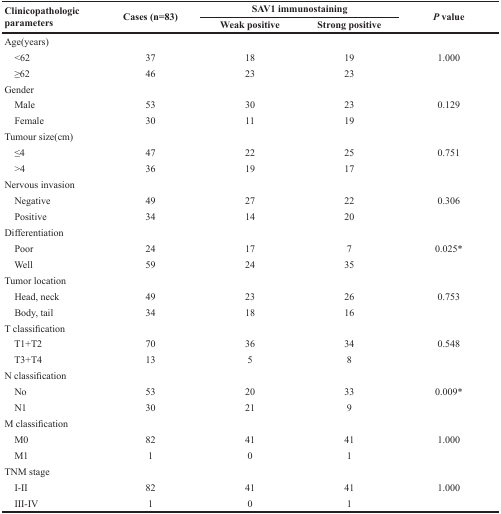
| <ROWSPAN=2> Clinicopathologic parameters | <ROWSPAN=2> Cases (n=83) | <COLSPAN=2> SAV1 immunostaining | <ROWSPAN=2> P value |
 | Weak positive | Strong positive |
 | --- | --- | --- | --- | --- |
 | Age(years) |  |  |  |  |
 | <62 | 37 | 18 | 19 | 1.000 |
 | ≥62 | 46 | 23 | 23 |  |
 | Gender |  |  |  |  |
 | Male | 53 | 30 | 23 | 0.129 |
 | Female | 30 | 11 | 19 |  |
 | Tumour size(cm) |  |  |  |  |
 | ≤4 | 47 | 22 | 25 | 0.751 |
 | >4 | 36 | 19 | 17 |  |
 | Nervous invasion |  |  |  |  |
 | Negative | 49 | 27 | 22 | 0.306 |
 | Positive | 34 | 14 | 20 |  |
 | Differentiation |  |  |  |  |
 | Poor | 24 | 17 | 7 | 0.025* |
 | Well | 59 | 24 | 35 |  |
 | Tumor location |  |  |  |  |
 | Head, neck | 49 | 23 | 26 | 0.753 |
 | Body, tail | 34 | 18 | 16 |  |
 | T classification |  |  |  |  |
 | T1+T2 | 70 | 36 | 34 | 0.548 |
 | T3+T4 | 13 | 5 | 8 |  |
 | N classification |  |  |  |  |
 | No | 53 | 20 | 33 | 0.009* |
 | N1 | 30 | 21 | 9 |  |
 | M classification |  |  |  |  |
 | M0 | 82 | 41 | 41 | 1.000 |
 | M1 | 1 | 0 | 1 |  |
 | TNM stage |  |  |  |  |
 | I-II | 82 | 41 | 41 | 1.000 |
 | III-IV | 1 | 0 | 1 |  |